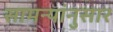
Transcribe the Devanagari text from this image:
सामन्यांनुसार